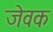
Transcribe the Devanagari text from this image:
जेवक